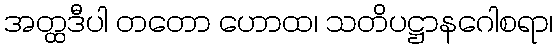
အတ္ထဒီပါ တတော ဟောထ၊ သတိပဋ္ဌာနဂေါစရာ၊